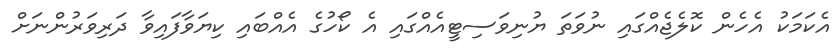
އެކަމަކު އެހެން ކޮލެޖެއްގައި ނުވަތަ ޔުނިވަސިޓީއެއްގައި އެ ކޯހުގެ އެއްބައި ކިޔަވާފައިވާ ދަރިވަރުންނަށް